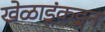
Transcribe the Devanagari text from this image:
खेळाडूंकडून